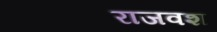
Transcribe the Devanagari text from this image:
राजवश